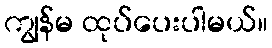
ကျွန်မ ထုပ်ပေးပါမယ်။